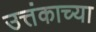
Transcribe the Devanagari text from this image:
उत्तंकाच्या